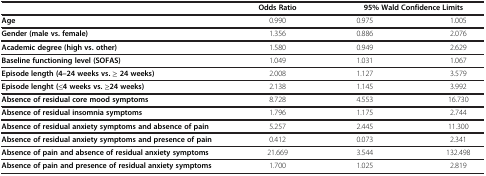
<table><thead><tr><td><b> </b></td><td><b>Odds Ratio</b></td><td colspan="2"><b>95% Wald Confidence Limits</b></td></tr></thead><tbody><tr><td><b>Age</b></td><td>0.990</td><td>0.975</td><td>1.005</td></tr><tr><td><b>Gender (male vs. female)</b></td><td>1.356</td><td>0.886</td><td>2.076</td></tr><tr><td><b>Academic degree (high vs. other)</b></td><td>1.580</td><td>0.949</td><td>2.629</td></tr><tr><td><b>Baseline functioning level (SOFAS)</b></td><td>1.049</td><td>1.031</td><td>1.067</td></tr><tr><td><b>Episode length (4–24 weeks vs. ≥ 24 weeks)</b></td><td>2.008</td><td>1.127</td><td>3.579</td></tr><tr><td><b>Episode lenght (≤4 weeks vs. ≥24 weeks)</b></td><td>2.138</td><td>1.145</td><td>3.992</td></tr><tr><td><b>Absence of residual core mood symptoms</b></td><td>8.728</td><td>4.553</td><td>16.730</td></tr><tr><td><b>Absence of residual insomnia symptoms</b></td><td>1.796</td><td>1.175</td><td>2.744</td></tr><tr><td><b>Absence of residual anxiety symptoms and absence of pain</b></td><td>5.257</td><td>2.445</td><td>11.300</td></tr><tr><td><b>Absence of residual anxiety symptoms and presence of pain</b></td><td>0.412</td><td>0.073</td><td>2.341</td></tr><tr><td><b>Absence of pain and absence of residual anxiety symptoms</b></td><td>21.669</td><td>3.544</td><td>132.498</td></tr><tr><td><b>Absence of pain and presence of residual anxiety symptoms</b></td><td>1.700</td><td>1.025</td><td>2.819</td></tr></tbody></table>